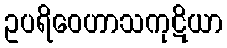
ဥပရိဝေဟာသကုဋိယာ